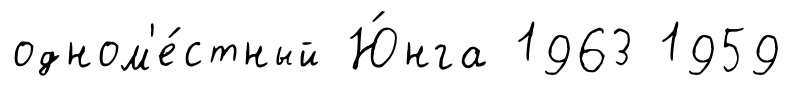
одном'е́стный Ю́нга 1963 1959